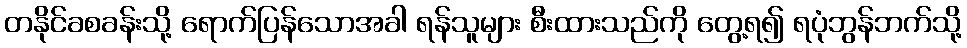
တနိုင်ခစခန်းသို့ ရောက်ပြန်သောအခါ ရန်သူများ စီးထားသည်ကို တွေ့ရ၍ ရပုံဘွန်ဘက်သို့